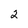
Character: 2